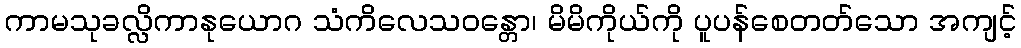
ကာမသုခလ္လိကာနုယောဂ သံကိလေသဝန္တော၊ မိမိကိုယ်ကို ပူပန်စေတတ်သော အကျင့်